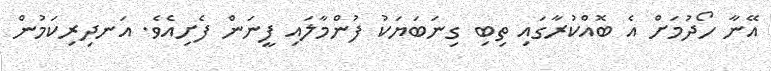
އޭނާ ހޯދުމަށް އެ ބޮއްކުރާގައި ތިބި ގިނަބަޔަކު ފުންމާލައި ފީނަން ފެށިއެވެ. އަނދިރިކަމުން